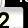
Digit: 2